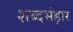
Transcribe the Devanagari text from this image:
शब्दभंड़ार